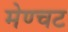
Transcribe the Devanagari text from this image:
मेण्चट